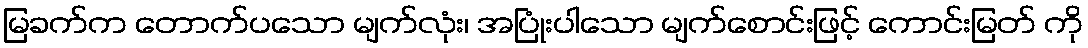
မြခက်က တောက်ပသော မျက်လုံး၊ အပြုံးပါသော မျက်စောင်းဖြင့် ကောင်းမြတ် ကို